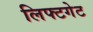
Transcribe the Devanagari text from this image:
लिफ्टगेट